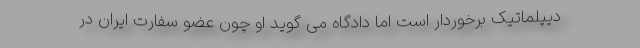
دیپلماتیک برخوردار است اما دادگاه می گوید او چون عضو سفارت ایران در